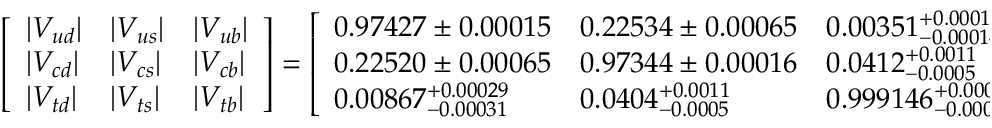
{ \left[ \begin{array} { l l l } { | V _ { u d } | } & { | V _ { u s } | } & { | V _ { u b } | } \\ { | V _ { c d } | } & { | V _ { c s } | } & { | V _ { c b } | } \\ { | V _ { t d } | } & { | V _ { t s } | } & { | V _ { t b } | } \end{array} \right] } = { \left[ \begin{array} { l l l } { 0 . 9 7 4 2 7 \pm 0 . 0 0 0 1 5 } & { 0 . 2 2 5 3 4 \pm 0 . 0 0 0 6 5 } & { 0 . 0 0 3 5 1 _ { - 0 . 0 0 0 1 4 } ^ { + 0 . 0 0 0 1 5 } } \\ { 0 . 2 2 5 2 0 \pm 0 . 0 0 0 6 5 } & { 0 . 9 7 3 4 4 \pm 0 . 0 0 0 1 6 } & { 0 . 0 4 1 2 _ { - 0 . 0 0 0 5 } ^ { + 0 . 0 0 1 1 } } \\ { 0 . 0 0 8 6 7 _ { - 0 . 0 0 0 3 1 } ^ { + 0 . 0 0 0 2 9 } } & { 0 . 0 4 0 4 _ { - 0 . 0 0 0 5 } ^ { + 0 . 0 0 1 1 } } & { 0 . 9 9 9 1 4 6 _ { - 0 . 0 0 0 0 4 6 } ^ { + 0 . 0 0 0 0 2 1 } } \end{array} \right] } .